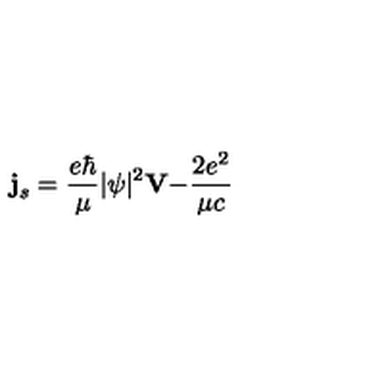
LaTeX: { \bf j } _ { s } = \frac { e \hbar } \mu | \psi | ^ { 2 } { \bf V - } \frac { 2 e ^ { 2 } } { \mu c }